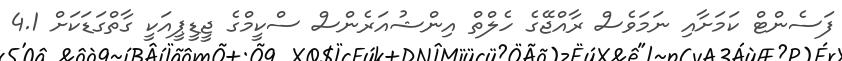
ފަސެންޓް ކަމަށާއި ނަމަވެސް ރާއްޖޭގެ ހެލްތް އިންޝުއަރެންސް ސްކީމްގެ ޖީޑީޕީއަކީ ގާތްގަޑަކަށް 4.1